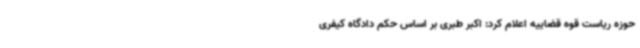
حوزه ریاست قوه قضاییه اعلام کرد: اکبر طبری بر اساس حکم دادگاه کیفری